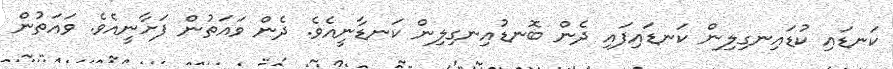
ކަނޑައި ކުޑައިނގިލިން ކަނޑައިފައި ދެން ބޮނޑުއިނގިލިން ކަނޑާނީއެވެ. ދެން ވައަތުން ފަށާނީއެވެ. ވައަތުން